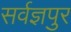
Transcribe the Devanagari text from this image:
सर्वज्ञपुर